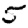
Digit: 5